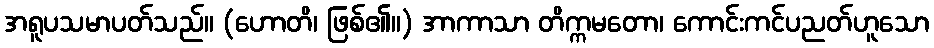
အရူပသမာပတ်သည်။ (ဟောတိ၊ ဖြစ်၏။) အာကာသာ တိက္ကမတော၊ ကောင်းကင်ပညတ်ဟူသော